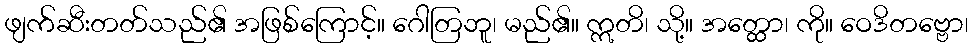
ဖျက်ဆီးတတ်သည်၏ အဖြစ်ကြောင့်။ ဂေါတြဘူ၊ မည်၏။ ဣတိ၊ သို့။ အတ္ထော၊ ကို။ ဝေဒိတဗ္ဗော၊